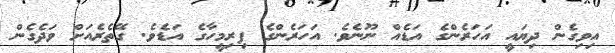
އިވިގެން ދިޔައީ އަހަރެންގެ އަޑެއް ނޫނެވެ. އަހަރެންގެ ފިރިމީހާގެ އަޑެވެ. ގޭތެރެއަށް ވަދެގެން